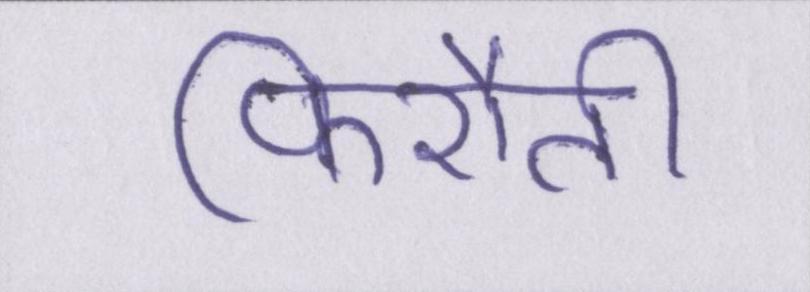
फिरौती